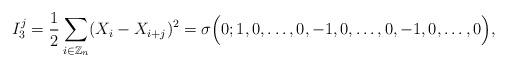
LaTeX: \begin{align*}I_3^j=\displaystyle \frac{1}{2}\sum_{i \in \mathbb{Z}_{n}}(X_i-X_{i+j})^2 = \sigma\Big( 0; 1 , 0 , \dots, 0 ,-1 , 0, \dots, 0,-1,0,\dots,0 \Big),\end{align*}